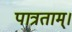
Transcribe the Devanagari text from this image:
पात्रताम्।